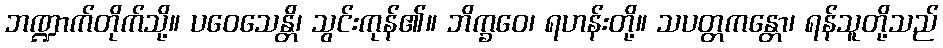
ဘဏ္ဍာက်တိုက်သို့။ ပဝေသေန္တိ၊ သွင်းကုန်၏။ ဘိက္ခဝေ၊ ရဟန်းတို့။ သပတ္တကန္တော၊ ရန်သူတို့သည်